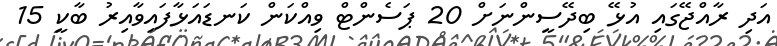
އަދި ރާއްޖޭގައި އުޅޭ ބިދޭސީންނަށް 20 ޕަސެންޓް ވިއްކަން ކަނޑައަޅާފައިވާއިރު ބާކީ 15